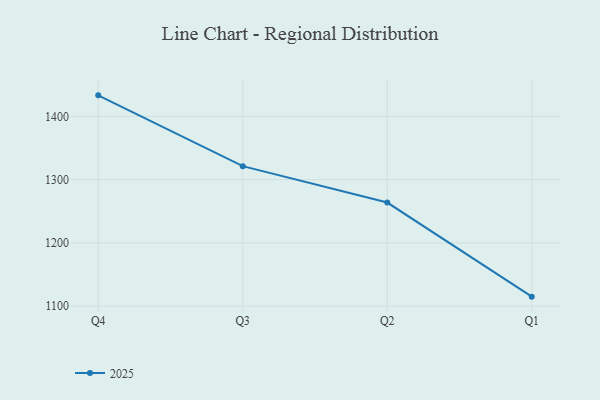
{"axis": {"x": "Quarter", "y": "Production Output"}, "legend": ["2025"], "data": [{"x": "Q4", "y": 1433.2, "type": "2025"}, {"x": "Q3", "y": 1321.3, "type": "2025"}, {"x": "Q2", "y": 1263.8, "type": "2025"}, {"x": "Q1", "y": 1115.1, "type": "2025"}]}